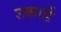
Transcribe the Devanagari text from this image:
उकार्डे